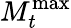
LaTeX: M_{t}^{\mathrm{max}}